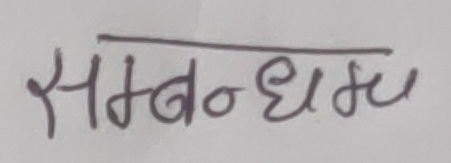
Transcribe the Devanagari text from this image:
सम्बन्धम